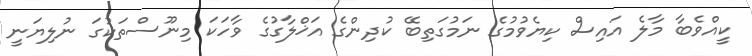
ކީއްވެބާ މާލެ އައިސް ކިޔެވުމުގެ ނަމުގަތިބޭ ކުދިންގެ އަޚްލާގުގެ ވާހަކަ މިނޫސްތަކުގަ ނުލިޔަނީ